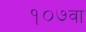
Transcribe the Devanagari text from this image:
१०७वा